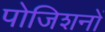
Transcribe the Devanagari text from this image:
पोजिशनों